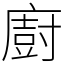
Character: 廚